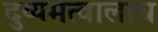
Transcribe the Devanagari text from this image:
दुय्यमत्वालाच